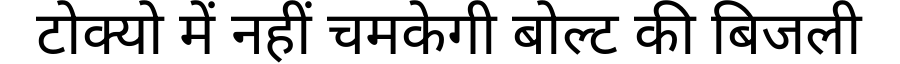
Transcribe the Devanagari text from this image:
टोक्यो में नहीं चमकेगी बोल्ट की बिजली